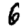
Digit: 6